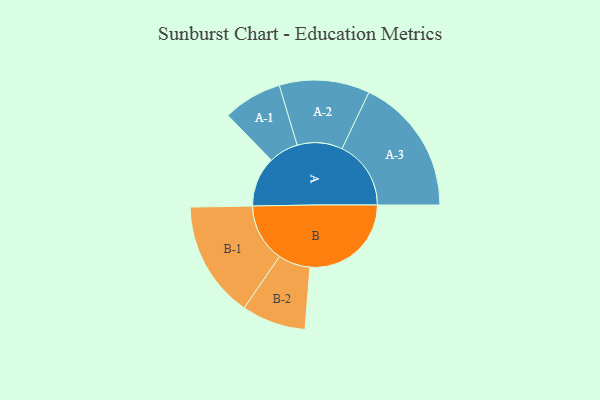
{"axis": {"x": "Segment", "y": "Value"}, "legend": ["", "A", "B"], "data": [{"x": "A", "y": 217, "type": ""}, {"x": "B", "y": 439, "type": ""}, {"x": "A-1", "y": 128, "type": "A"}, {"x": "A-2", "y": 196, "type": "A"}, {"x": "A-3", "y": 299, "type": "A"}, {"x": "B-1", "y": 253, "type": "B"}, {"x": "B-2", "y": 139, "type": "B"}]}